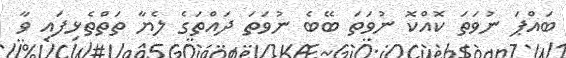
ބައްޕަ ނުވަތަ ކޮއްކޮ ނުވަތަ ބޭބެ ނުވަތަ ދައްތަގެ ލެޔާ ތަތްތެޅިފައި ވާ